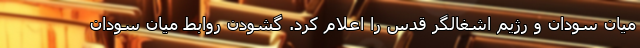
میان سودان و رژیم اشغالگر قدس را اعلام کرد. گشودن روابط میان سودان